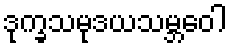
ဒုက္ခသမုဒယသမ္ဘဝေါ